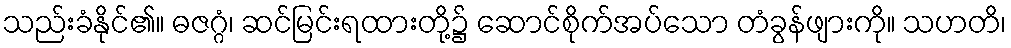
သည်းခံနိုင်၏။ ဓဇဂ္ဂံ၊ ဆင်မြင်းရထားတို့၌ ဆောင်စိုက်အပ်သော တံခွန်ဖျားကို။ သဟတိ၊